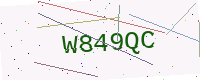
Text: W849QC